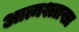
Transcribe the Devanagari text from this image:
आत्मश्लाखा